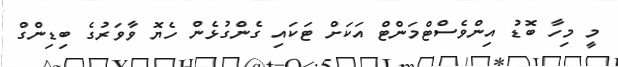
މީ މިހާ ބޮޑު އިންވެސްޓްމަންޓް އަކަށް ޓަކައި ގެންގުޅެން ހެޔޮ ވާވަރުގެ ބިޑިންގް